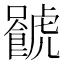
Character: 𧈐